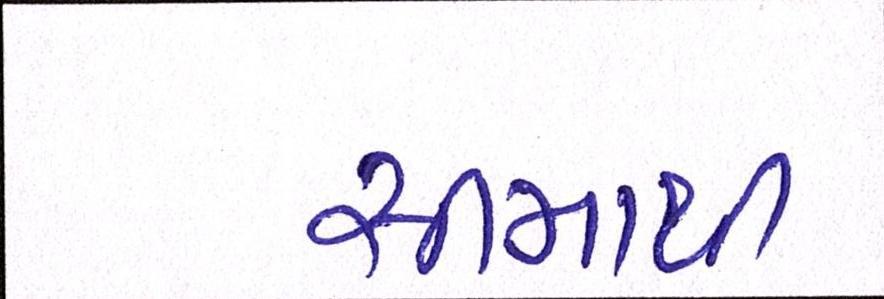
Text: સીમાથી